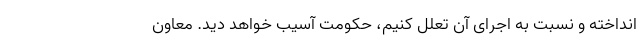
انداخته و نسبت به اجرای آن تعلل کنیم، حکومت آسیب خواهد دید. معاون